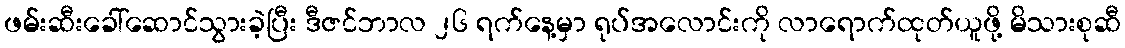
ဖမ်းဆီးခေါ်ဆောင်သွားခဲ့ပြီး ဒီဇင်ဘာလ ၂၆ ရက်နေ့မှာ ရုပ်အလောင်းကို လာရောက်ထုတ်ယူဖို့ မိသားစုဆီ